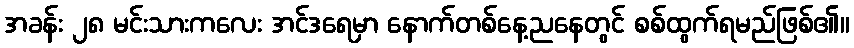
အခန်း ၂၈ မင်းသားကလေး အင်ဒရေမှာ နောက်တစ်နေ့ညနေတွင် စစ်ထွက်ရမည်ဖြစ်၏။